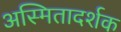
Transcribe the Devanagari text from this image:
अस्मितादर्शक